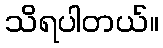
သိရပါတယ်။